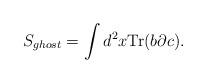
LaTeX: \begin{align*}S_{ghost}=\int d^2x\mbox{Tr}(b\partial c).\end{align*}